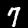
Digit: 7